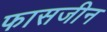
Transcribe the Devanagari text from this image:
फासजीन